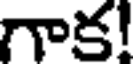
గాక!